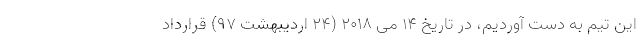
این تیم به دست آوردیم، در تاریخ ۱۴ مِی ۲۰۱۸ (۲۴ اردیبهشت ۹۷) قرارداد